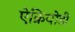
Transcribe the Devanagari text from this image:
ऐक्रियोडी